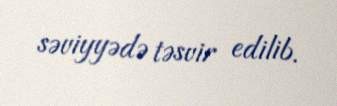
səviyyədə təsvir edilib.